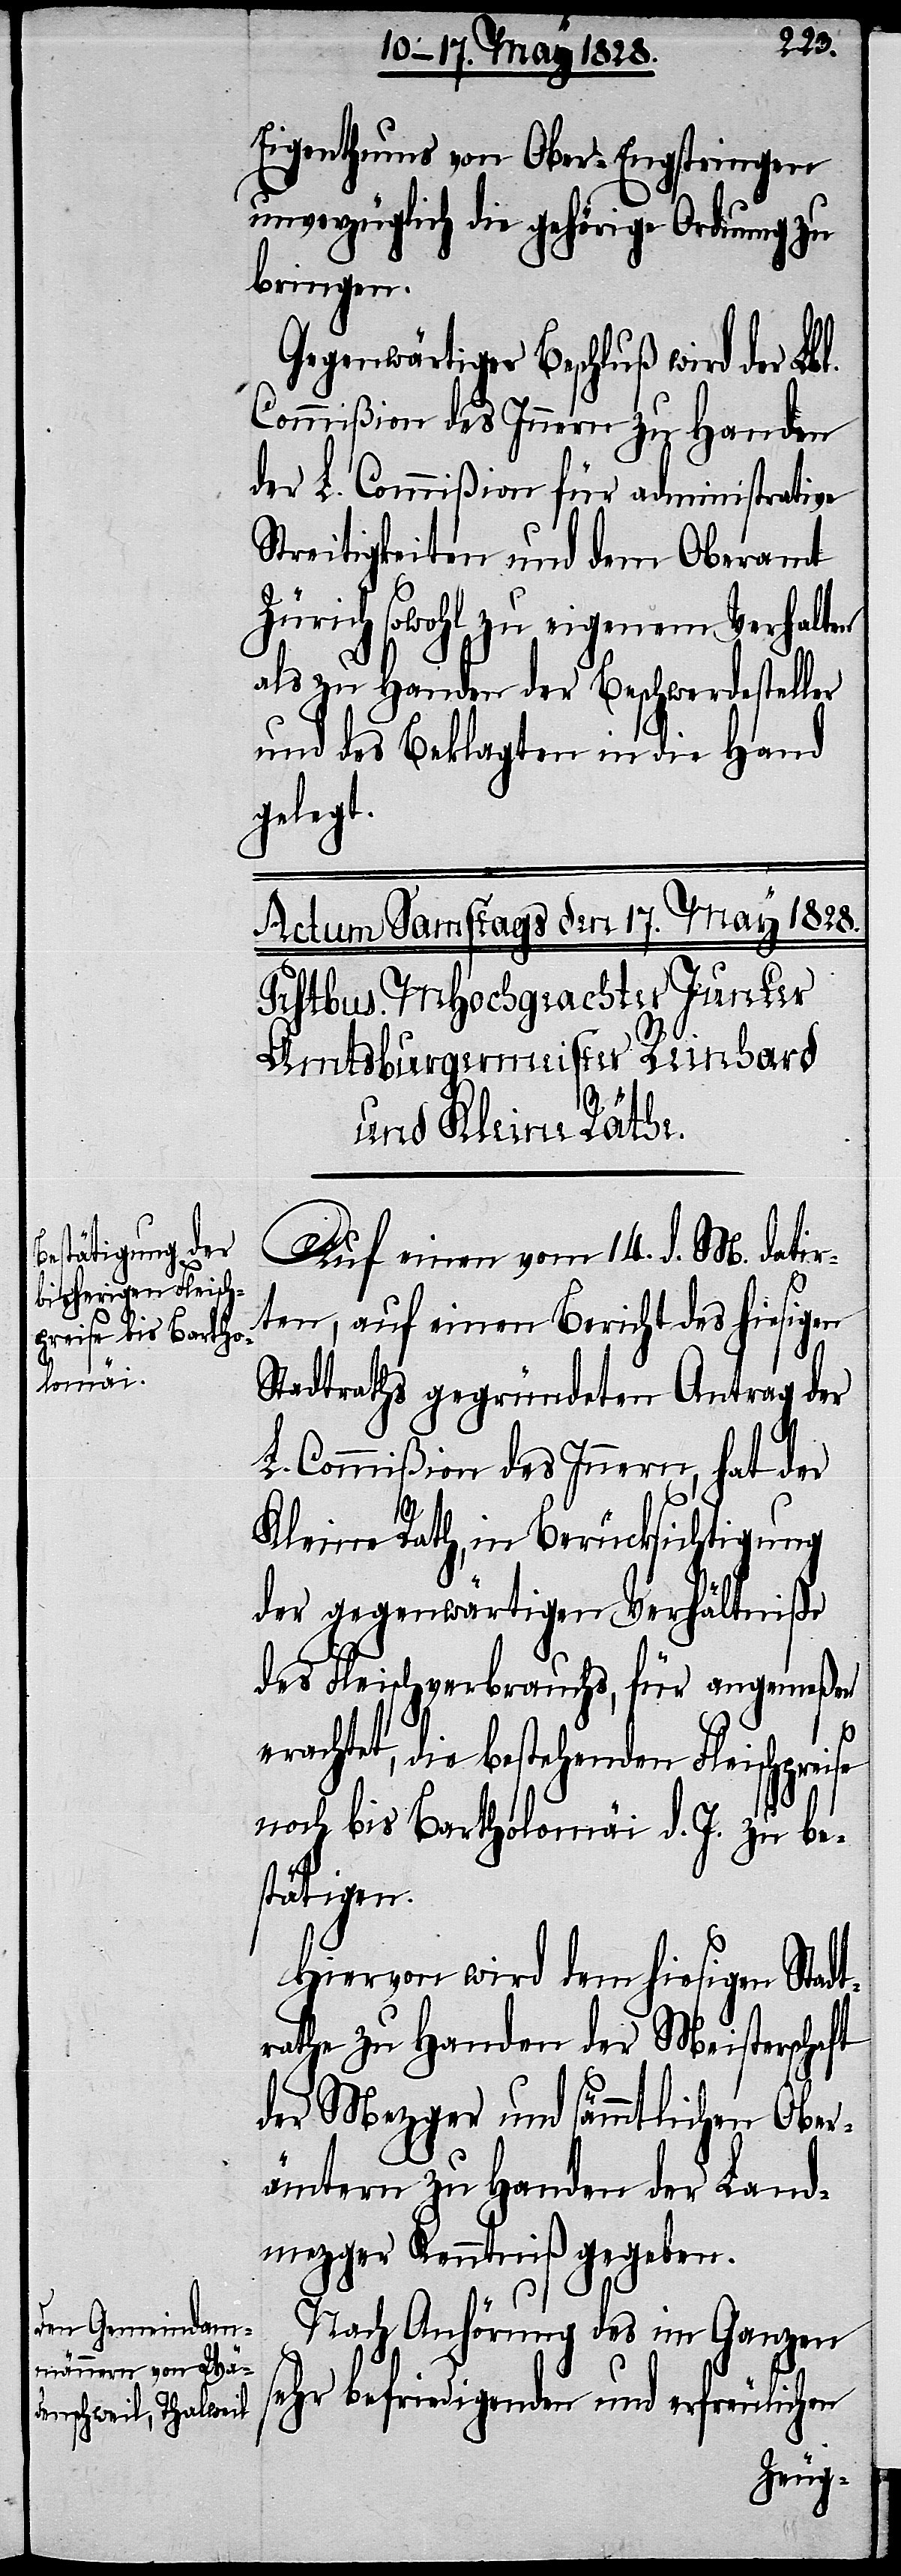
Eigenthums von Ober-Engstringen
unverzüglich die gehörige Ordnung zu
bringen.
Gegenwärtiger Beschluß wird der Lbl.
Commißion des Innern zu Handen
der L. Commißion für administrative
Streitigkeiten und dem Oberamt
Zürich sowohl zu eigenem Verhalten
als zu Handen der Beschwerdesteller
und des Beklagten in die Hand
gelegt.
Auf einen vom 14. d. M. datir¬
ten, auf einen Bericht des hiesigen
Stadtraths gegründeten Antrag der
L. Commißion des Innern, hat der
Kleine Rath, in Berücksichtigung
der gegenwärtigen Verhältniße
des Fleischverbrauchs, für angemeßen
erachtet, die bestehenden Fleischpreise
noch bis Bartholomäi d. J. zu be¬
stätigen.
Hiervon wird dem hiesigen Stadt¬
rathe zu Handen der Meisterschaft
der Mezger und sämmtlichen Ober¬
ämtern zu Handen der Land¬
mezger Kenntniß gegeben.
Nach Anhörung des im Ganzen
sehr befriedigenden und erfreulichen